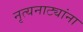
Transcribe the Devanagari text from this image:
नृत्यनाट्यांना